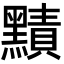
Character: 𪒑